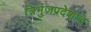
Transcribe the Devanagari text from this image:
त्रिभुजप्रदेशात